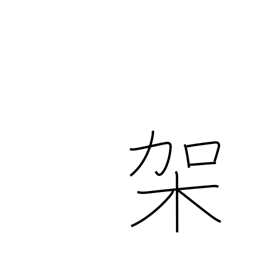
Meaning: mount